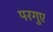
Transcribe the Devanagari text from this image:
परगुए